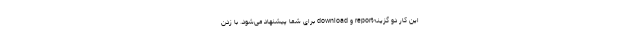
این کار دو گزینهreport و download برای شما پیشنهاد می‌شود. با زدن